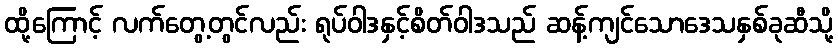
ထို့ကြောင့် လက်တွေ့တွင်လည်း ရုပ်ဝါဒနှင့်စိတ်ဝါဒသည် ဆန့်ကျင်သောဒေသနှစ်ခုဆီသို့